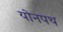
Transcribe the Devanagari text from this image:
योनपथ